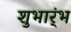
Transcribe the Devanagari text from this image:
शुभार्ंभ